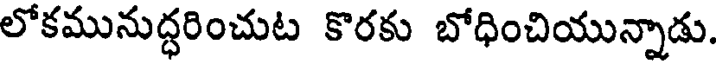
లోకమునుద్ధరించుట కొరకు బోధించియున్నాడు.